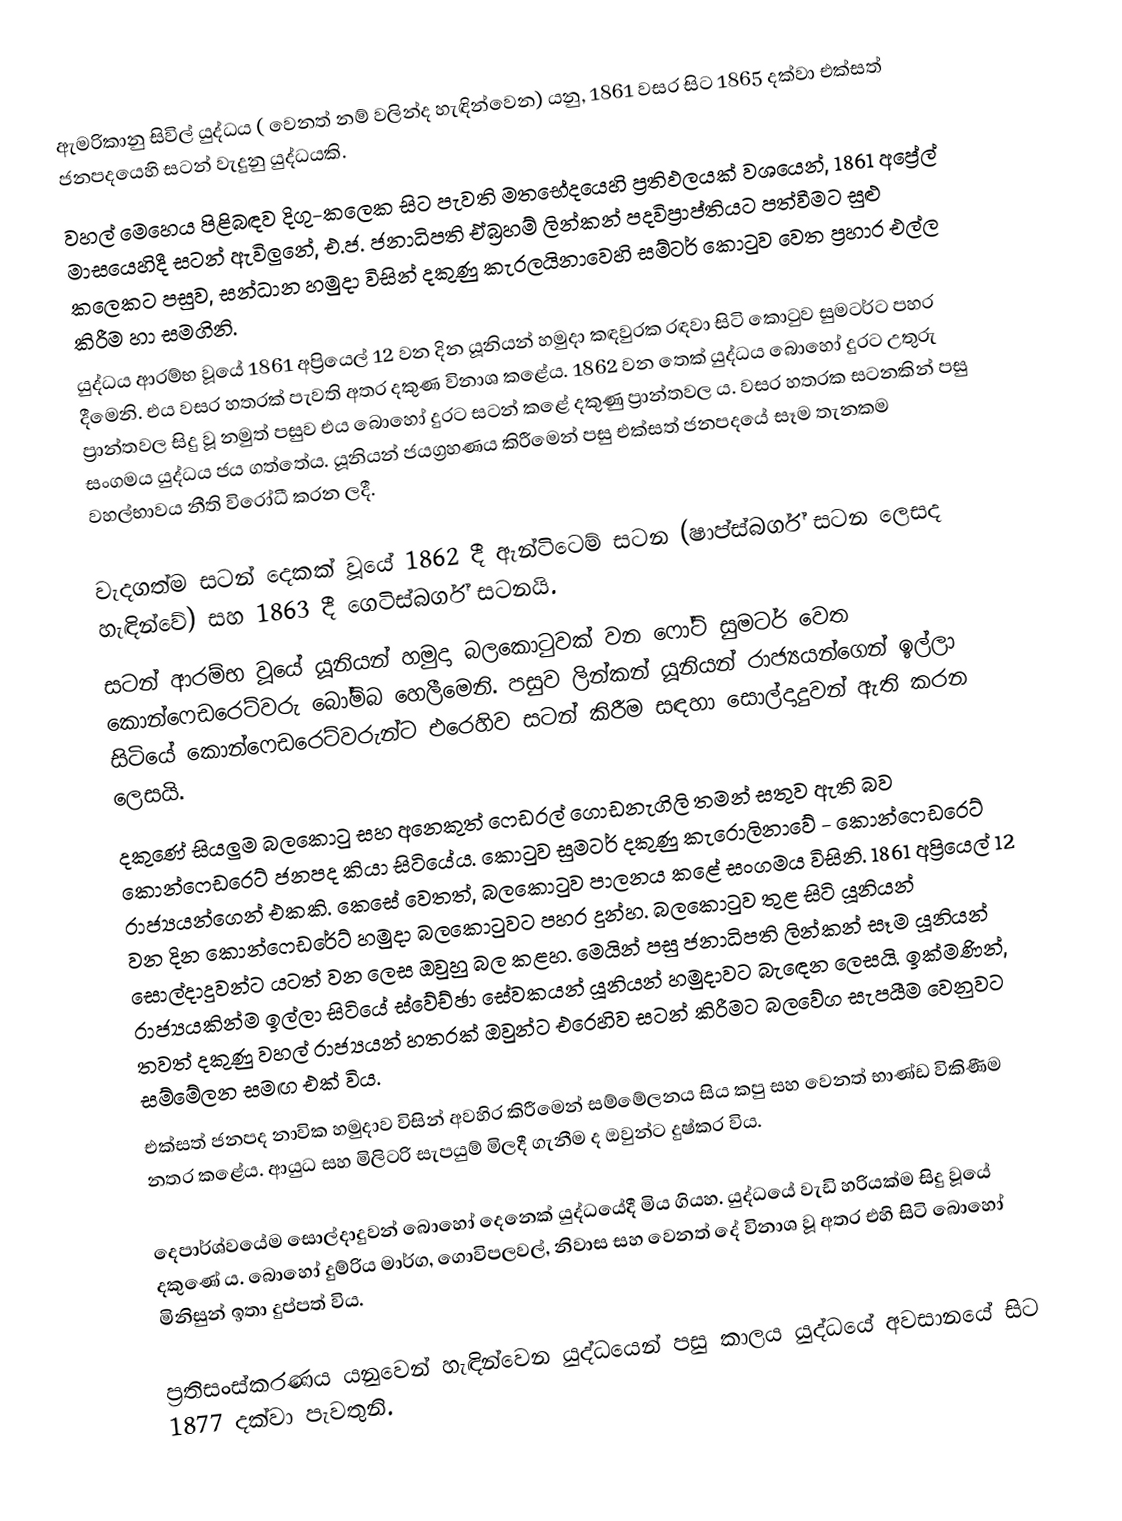
ඇමරිකානු සිවිල් යුද්ධය ( වෙනත් නම් වලින්ද හැඳින්වෙන) යනු,  1861 වසර සිට 1865 දක්වා එක්සත් ජනපදයෙහි  සටන් වැදුනු යුද්ධයකි.
වහල් මෙහෙය පිළිබඳව දිගු-කලෙක සිට පැවති මතභේදයෙහි ප්‍රතිඵලයක් වශයෙන්, 1861 අප්‍රේල් මාසයෙහිදී සටන් ඇවිලුනේ, එ.ජ. ජනාධිපති ඒබ්‍රහම් ලින්කන් පදවිප්‍රාප්තියට පත්වීමට සුළු කලෙකට පසුව, සන්ධාන හමුදා විසින්  දකුණු කැරලයිනාවෙහි සම්ටර් කොටුව වෙත ප්‍රහාර එල්ල කිරීම හා සමගිනි.
                                   යුද්ධය ආරම්භ වූයේ 1861 අප්‍රියෙල් 12 වන දින යූනියන් හමුදා කඳවුරක රඳවා සිටි කොටුව සුමටර්ට පහර දීමෙනි.  එය වසර හතරක් පැවති අතර දකුණ විනාශ කළේය.  1862 වන තෙක් යුද්ධය බොහෝ දුරට උතුරු ප්‍රාන්තවල සිදු වූ නමුත් පසුව එය බොහෝ දුරට සටන් කළේ දකුණු ප්‍රාන්තවල ය.  වසර හතරක සටනකින් පසු සංගමය යුද්ධය ජය ගත්තේය.  යූනියන් ජයග්‍රහණය කිරීමෙන් පසු එක්සත් ජනපදයේ සෑම තැනකම වහල්භාවය නීති විරෝධී කරන ලදී.

 වැදගත්ම සටන් දෙකක් වූයේ 1862 දී ඇන්ටිටෙම් සටන (ෂාප්ස්බර්ග් සටන ලෙසද හැඳින්වේ) සහ 1863 දී ගෙටිස්බර්ග් සටනයි.
                             සටන් ආරම්භ වූයේ යූනියන් හමුදා බලකොටුවක් වන ෆෝට් සුමටර් වෙත කොන්ෆෙඩරෙට්වරු බෝම්බ හෙලීමෙනි.  පසුව ලින්කන් යූනියන් රාජ්‍යයන්ගෙන් ඉල්ලා සිටියේ කොන්ෆෙඩරෙට්වරුන්ට එරෙහිව සටන් කිරීම සඳහා සොල්දාදුවන් ඇති කරන ලෙසයි.
                                         දකුණේ සියලුම බලකොටු සහ අනෙකුත් ෆෙඩරල් ගොඩනැගිලි තමන් සතුව ඇති බව කොන්ෆෙඩරෙට් ජනපද කියා සිටියේය.  කොටුව සුමටර් දකුණු කැරොලිනාවේ - කොන්ෆෙඩරෙට් රාජ්‍යයන්ගෙන් එකකි.  කෙසේ වෙතත්, බලකොටුව පාලනය කළේ සංගමය විසිනි.  1861 අප්‍රියෙල් 12 වන දින කොන්ෆෙඩරේට් හමුදා බලකොටුවට පහර දුන්හ.  බලකොටුව තුළ සිටි යූනියන් සොල්දාදුවන්ට යටත් වන ලෙස ඔවුහු බල කළහ.  මෙයින් පසු ජනාධිපති ලින්කන් සෑම යූනියන් රාජ්‍යයකින්ම ඉල්ලා සිටියේ ස්වේච්ඡා සේවකයන් යූනියන් හමුදාවට බැඳෙන ලෙසයි.  ඉක්මණින්, තවත් දකුණු වහල් රාජ්‍යයන් හතරක් ඔවුන්ට එරෙහිව සටන් කිරීමට බලවේග සැපයීම වෙනුවට සම්මේලන සමඟ එක් විය.
 එක්සත් ජනපද නාවික හමුදාව විසින් අවහිර කිරීමෙන් සම්මේලනය සිය කපු සහ වෙනත් භාණ්ඩ විකිණීම නතර කළේය.  ආයුධ සහ මිලිටරි සැපයුම් මිලදී ගැනීම ද ඔවුන්ට දුෂ්කර විය.

දෙපාර්ශ්වයේම සොල්දාදුවන් බොහෝ දෙනෙක් යුද්ධයේදී මිය ගියහ.  යුද්ධයේ වැඩි හරියක්ම සිදු වූයේ දකුණේ ය.  බොහෝ දුම්රිය මාර්ග, ගොවිපලවල්, නිවාස සහ වෙනත් දේ විනාශ වූ අතර එහි සිටි බොහෝ මිනිසුන් ඉතා දුප්පත් විය.

 ප්‍රතිසංස්කරණය යනුවෙන් හැඳින්වෙන යුද්ධයෙන් පසු කාලය යුද්ධයේ අවසානයේ සිට 1877 දක්වා පැවතුනි.